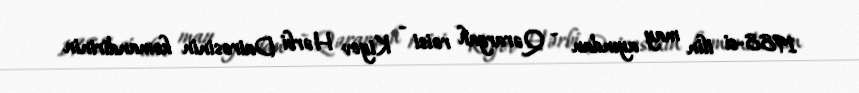
1988-ci ilin may ayından - Qərargah rəisi - Kiyev Hərbi Dairəsinin komandirinin